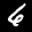
Label: 6